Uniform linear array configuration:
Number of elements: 32
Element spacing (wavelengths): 0.5
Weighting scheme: binomial
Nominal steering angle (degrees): -15
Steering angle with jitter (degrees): -14.731
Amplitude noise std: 0.05
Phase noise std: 0.05

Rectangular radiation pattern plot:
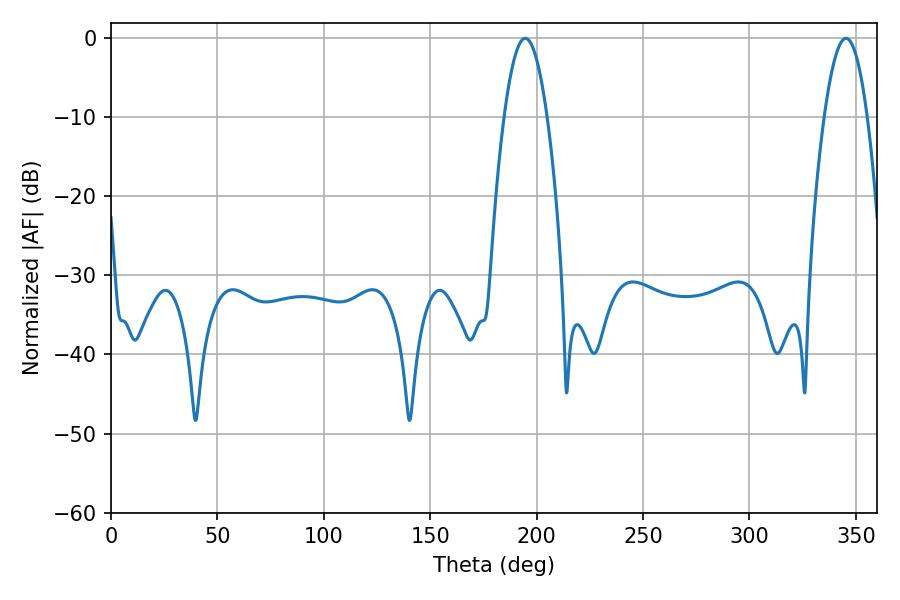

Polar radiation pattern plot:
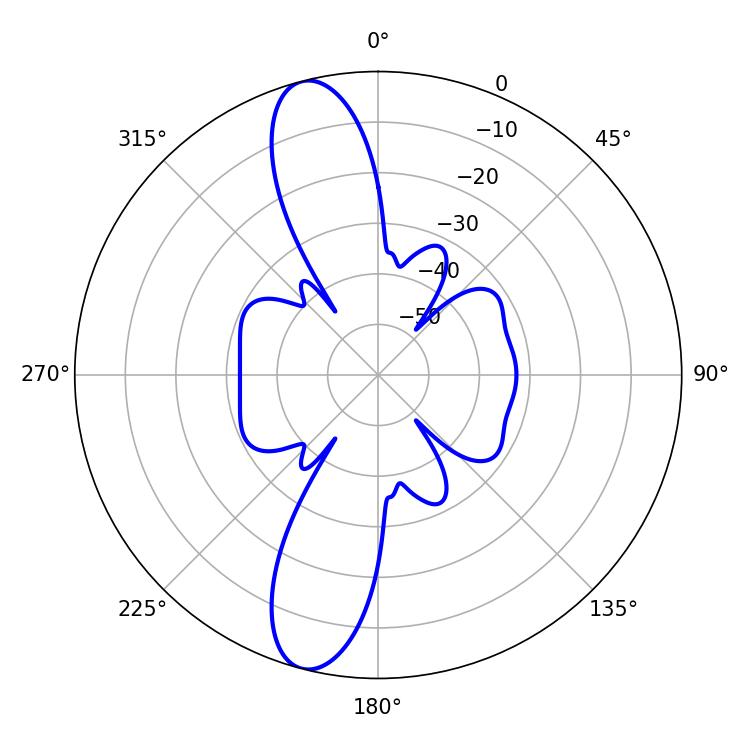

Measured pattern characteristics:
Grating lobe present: FALSE
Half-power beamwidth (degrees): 10.98
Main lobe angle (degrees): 194.58